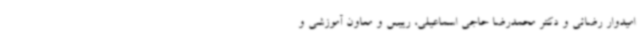
امیدوار رضائی و دکتر محمدرضا حاجی اسماعیلی، رییس و معاون آموزشی و